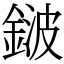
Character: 𨨏